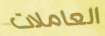
العاملات